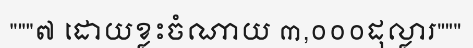
"""៧ ដោយខ្លះចំណាយ ៣,០០០ដុល្លារ"""